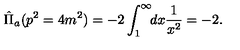
\hat { \Pi } _ { a } ( p ^ { 2 } = 4 m ^ { 2 } ) = - 2 \int _ { 1 } ^ { \infty } \! \! d x \frac { 1 } { x ^ { 2 } } = - 2 .